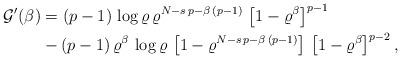
LaTeX: \begin{align*}\mathcal{G}'(\beta)&=(p-1)\,\log\varrho\, \varrho^{N-s\,p-\beta\,(p-1)}\,\left[1-\varrho^\beta\right]^{p-1}\\&-(p-1)\,\varrho^\beta\, \log\varrho\,\left[1-\varrho^{N-s\,p-\beta\,(p-1)}\right]\,\left[1-\varrho^\beta\right]^{p-2},\end{align*}